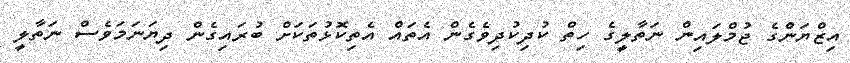
އިޒްޔަންގެ ޖުމްލައިން ނަތާލީގެ ހިތް ކުދިކުދިވެގެން އެތައް އެތިކޮޅުތަކަށް ބުރައިގެން ދިޔަނަމަވެސް ނަތާލީ